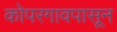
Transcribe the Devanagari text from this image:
कोपरगावपासून